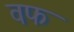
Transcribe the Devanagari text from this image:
वफ